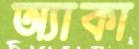
অ্যাকা